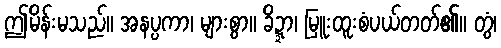
ဤမိန်းမသည်။ အနပ္ပကာ၊ များစွာ။ ခိဍ္ဍာ၊ မြူးထူးစံပယ်တတ်၏။ တွံ၊